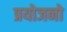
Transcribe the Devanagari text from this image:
प्रयोजनो